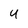
Character: u